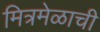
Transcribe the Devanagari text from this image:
मित्रमेळाची